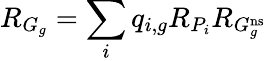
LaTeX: R_{G_{g}}=\sum_{i}q_{i,g}R_{P_{i}}R_{G_{g}^{\mathrm{ns}}}